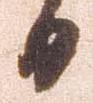
日